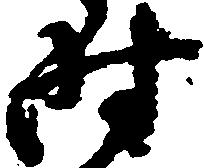
時